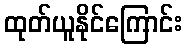
ထုတ်ယူနိုင်ကြောင်း